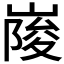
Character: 𡺲